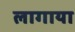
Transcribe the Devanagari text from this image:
लागाया